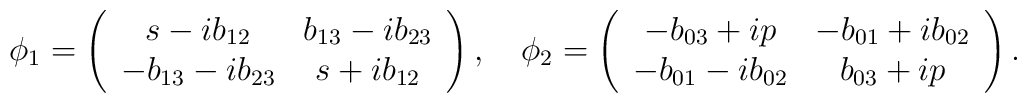
\phi_1 = \left( \begin{array}{cc}                s - ib_{12} & b_{13}-ib_{23} \\		-b_{13}-ib_{23} & s+ib_{12}		\end{array} \right) , \quad\phi_2 = \left( \begin{array}{cc}                -b_{03}+i p & -b_{01}+ib_{02} \\		-b_{01} - ib_{02} & b_{03}+ i p		\end{array} \right) .